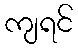
ကျရင်